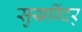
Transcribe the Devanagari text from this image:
सुखविंदर्